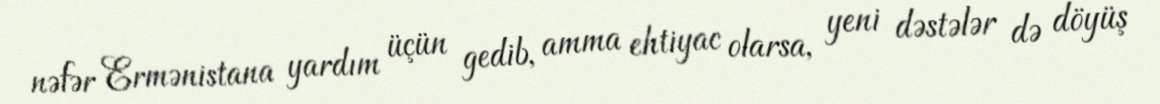
nəfər Ermənistana yardım üçün gedib, amma ehtiyac olarsa, yeni dəstələr də döyüş